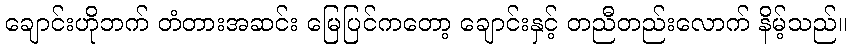
ချောင်းဟိုဘက် တံတားအဆင်း မြေပြင်ကတော့ ချောင်းနှင့် တညီတည်းလောက် နိမ့်သည်။